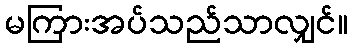
မကြားအပ်သည်သာလျှင်။